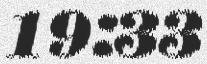
19:33